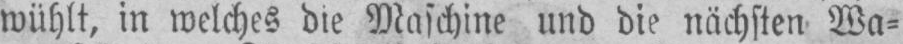
wühlt, in welches die Maschine und die nächsten Wa⸗